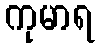
ကုမာရ